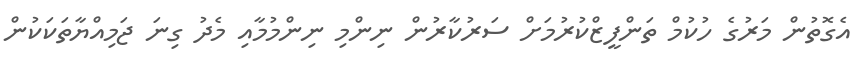
އެގޮތުން މަރުގެ ހުކުމް ތަންފީޒްކުރުމަށް ސަރުކާރުން ނިންމި ނިންމުމާއި މެދު ގިނަ ޖަމިއްޔާތަކަކުން